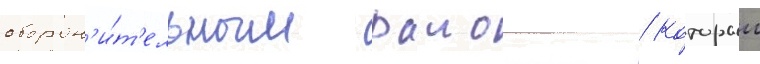
оборон'и́т'ельным раионом / которыи